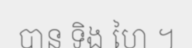
បាន ទិង ហៃ ។